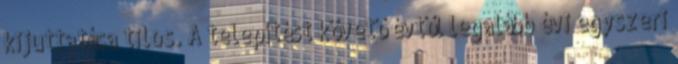
kijuttatása tilos. A telepítést követő évtől legalább évi egyszeri